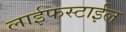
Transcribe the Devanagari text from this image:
लाईफस्टाईल